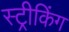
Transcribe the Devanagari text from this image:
स्ट्रीकिंग